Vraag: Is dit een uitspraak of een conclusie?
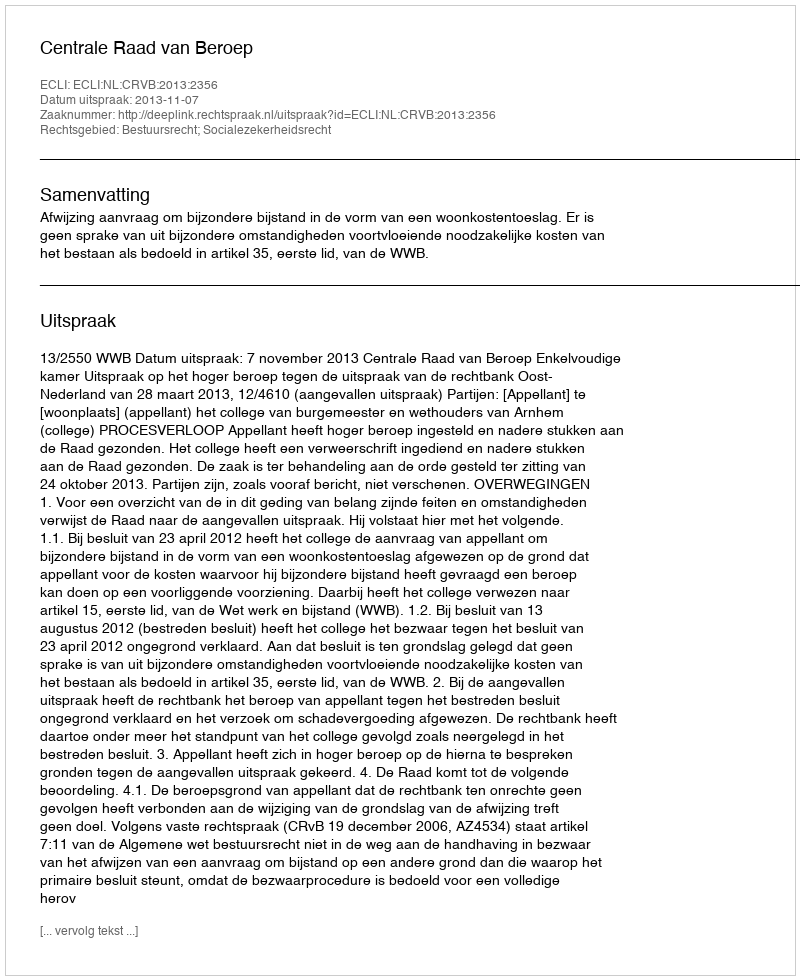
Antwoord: Uitspraak